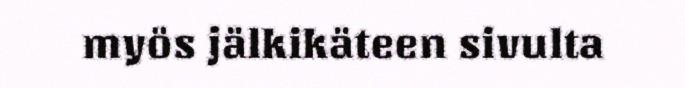
myös jälkikäteen sivulta